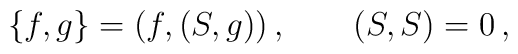
\{f,g\}=(f,(S,g))\,,\qquad  (S,S)=0\,,